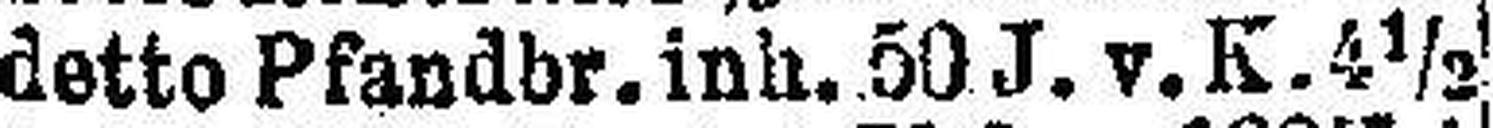
detto Pfandbr. inh. 50 J. v. K. 4½